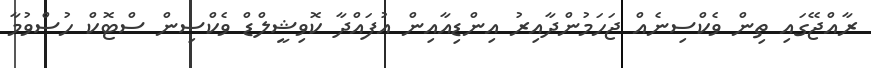
ރާއްޖޭގައި ތިން ވެކްސިނެއް ޖަހަމުންދާއިރު އިންޑިއާއިން އުފައްދާ ކޮވިޝީލްޑް ވެކްސިން ސްޓޮކް ހުސްވުމާ